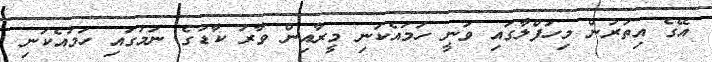
އޭގެ އިތުރުން މިހަފްލާގައި ވަނީ ހަމައެކަނި މީރާއިން ވާރު ކާޑުގެ ނަމުގައި ހަމައެކަނި